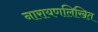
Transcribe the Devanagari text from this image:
नारायणलिखित